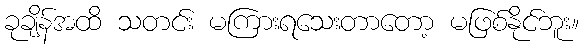
ခုချိန်အထိ သတင်း မကြားရသေးတာတော့ မဖြစ်နိုင်ဘူး။